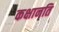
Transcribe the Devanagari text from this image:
कक्षानति